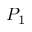
P _ { 1 }